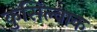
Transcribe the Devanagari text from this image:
कुसिल्वाक